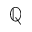
\mathbb { Q }